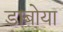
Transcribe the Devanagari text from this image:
डाबोया